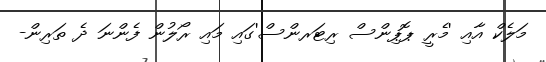
މަލެކް އާއި 'މެރީ ޕޮޕިންސް ރިޓަރންސް'ގައި މައި ރޯލުން ފެންނަ ދެ ތަރިން-